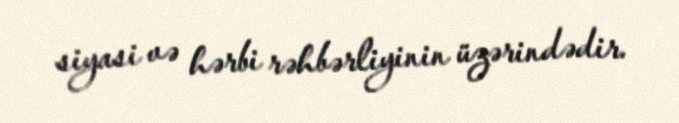
siyasi və hərbi rəhbərliyinin üzərindədir.